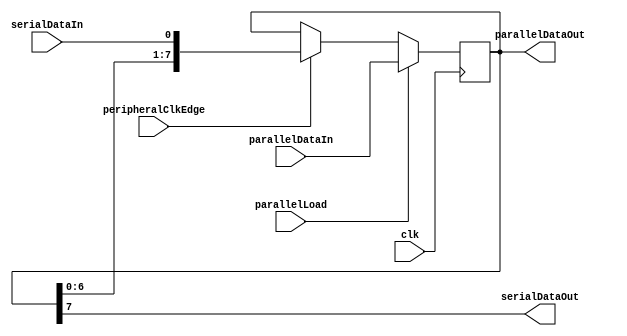
module ShiftRegister(clk, peripheralClkEdge, parallelLoad, parallelDataIn, serialDataIn, parallelDataOut, serialDataOut);
parameter width = 8;
input               clk;
input               peripheralClkEdge;
input               parallelLoad;
output[width-1:0]   parallelDataOut;
output              serialDataOut;
input[width-1:0]    parallelDataIn;
input               serialDataIn;
reg[width-1:0]      shiftregistermem;
always @(posedge clk) begin
 
if (peripheralClkEdge) begin
	shiftregistermem[width-1:0] <= {shiftregistermem[width-2:0],serialDataIn};
end

if (parallelLoad) begin
	shiftregistermem <= parallelDataIn;
end

end

assign serialDataOut = shiftregistermem[width-1];
assign parallelDataOut = shiftregistermem;
endmodule

module TestShiftRegister;
reg             clk;
reg             peripheralClkEdge;
reg             parallelLoad;
wire[7:0]       parallelDataOut;
wire            serialDataOut;
reg[7:0]        parallelDataIn;
reg             serialDataIn; 
// Instantiate with parameter width = 8
ShiftRegister #(8) sr(clk, peripheralClkEdge, parallelLoad, parallelDataIn, serialDataIn, parallelDataOut, serialDataOut);

initial begin
//$display("A                                B                                  com |  res                             cout over zero");
clk = 'b0; #1000
clk = 'b1; peripheralClkEdge = 'b0; parallelLoad = 'b1; parallelDataIn = 'b01000001; serialDataIn = 'b1; #1000
//$display("%b  %b  %b  %b  %b  |  %b  %b  ", clk, peripheralClkEdge, parallelLoad, parallelDataIn, serialDataIn, parallelDataOut, serialDataOut);
//Check parallel load behavior
clk = 'b0; #1000
clk = 'b1; peripheralClkEdge = 'b1; parallelLoad = 'b1; parallelDataIn = 'b01000001; serialDataIn = 'b0; #1000
//$display("%b  %b  %b  %b  %b  |  %b  %b  ", clk, peripheralClkEdge, parallelLoad, parallelDataIn, serialDataIn, parallelDataOut, serialDataOut);
//When you try to shift in a bit and parallelLoad at the same time, parallelLoad takes priority.
repeat (8) begin
#1000 clk = 'b0; #1000
clk = 'b1; peripheralClkEdge = 'b1; parallelLoad = 'b0; parallelDataIn = 'b11111111; serialDataIn = 'b1; 
end
#1000 clk = 'b1;
//Check serial in behavior and make sure that parallelLoad is actually being turned off.
end

endmodule